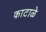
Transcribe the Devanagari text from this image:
काटाळे